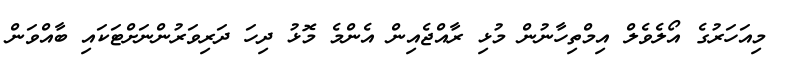
މިއަހަރުގެ އޯލެވެލް އިމްތިހާނުން މުޅި ރާއްޖެއިން އެންމެ މޮޅު ދިހަ ދަރިވަރުންނަށްޓަކައި ބާއްވަން